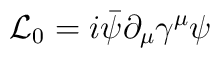
{\cal L}_0 = i \bar{\psi} \partial_{\mu} \gamma^{\mu} \psi